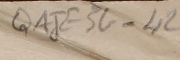
QAJE3G_42